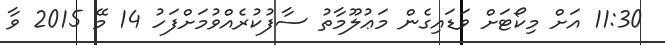
11:30 އަށް މިކޯޓަށް ވަޑައިގެން މަޢުލޫމާތު ސާފުކުރެއްވުމަށްފަހު 14 މޭ 2015 ވާ